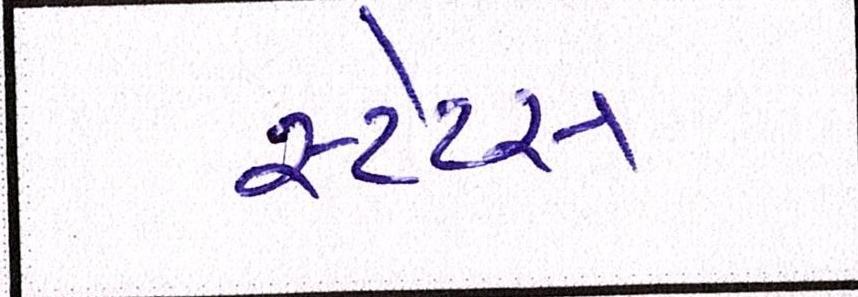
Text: સ્ટેટસ